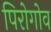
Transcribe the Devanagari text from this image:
पिरोगोव